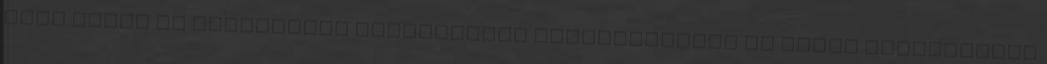
több sávot is átléphetsz vásárlásaid összértékével és ennek megfelelően